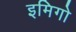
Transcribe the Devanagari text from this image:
इमिगो